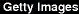
Getty Images